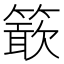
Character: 𥴋